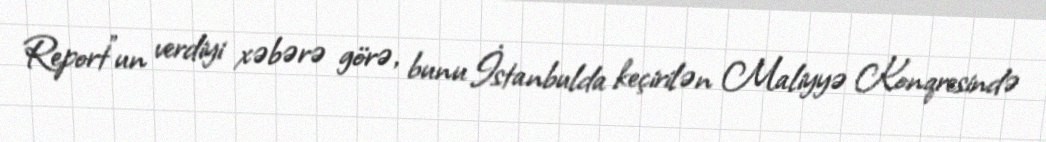
Report"un verdiyi xəbərə görə, bunu İstanbulda keçirilən Maliyyə Konqresində